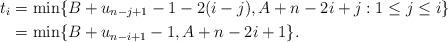
LaTeX: \begin{align*}t_i&=\min\{B+u_{n-j+1}-1-2(i-j),A+n-2i+j:1\le j\le i\}\\&=\min\{B+u_{n-i+1}-1,A+n-2i+1\}.\end{align*}